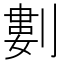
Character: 𠞭